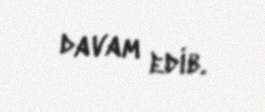
davam edib.